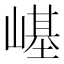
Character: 𡻸